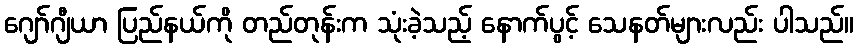
ဂျော်ဂျီယာ ပြည်နယ်ကို တည်တုန်းက သုံးခဲ့သည့် နောက်ပွင့် သေနတ်များလည်း ပါသည်။